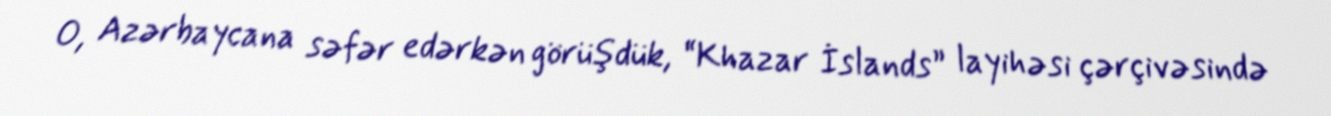
O, Azərbaycana səfər edərkən görüşdük, “Khazar İslands” layihəsi çərçivəsində